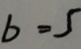
b = 5